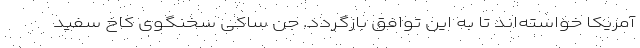
آمریکا خواسته‌اند تا به این توافق بازگردد. جن ساکی سخنگوی کاخ سفید